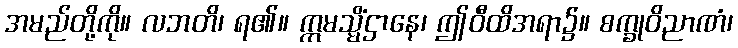
အမည်တို့ကို။ လဘတိ၊ ရ၏။ ဣမသ္မိံဌာနေ၊ ဤဝီထိအရာ၌။ စက္ခုဝိညာဏံ၊